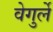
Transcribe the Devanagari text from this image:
वेगुर्ले